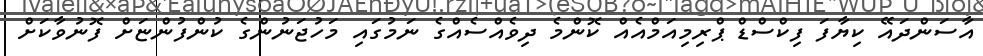
އާސަންދައޭ ކިޔާފަ ފިކްސްޑް ޕްރިމިއަމްއެއް ކޮންމެ ދިވެއްސެއްގެ ނަމުގައި މަހުޖަނުންގެ ކުންފުންޏަށް ފޮނުވާކަށް